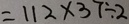
= 1 1 2 \times 3 7 \div 2